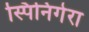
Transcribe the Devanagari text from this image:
स्पिनिगेरा